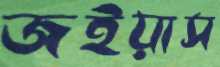
জইয়াস